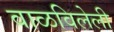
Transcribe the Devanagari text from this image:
वाळविलेली